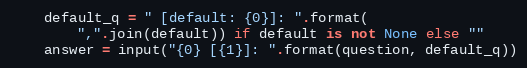
Language: Python
    default_q = " [default: {0}]: ".format(
        ",".join(default)) if default is not None else ""
    answer = input("{0} [{1}]: ".format(question, default_q))